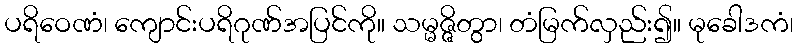
ပရိဝေဏံ၊ ကျောင်းပရိဂုဏ်အပြင်ကို။ သမ္မဇ္ဇိတွာ၊ တံမြက်လှည်း၍။ မုခေါဒကံ၊